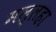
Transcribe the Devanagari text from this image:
मल्लहा